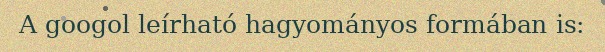
A googol leírható hagyományos formában is: